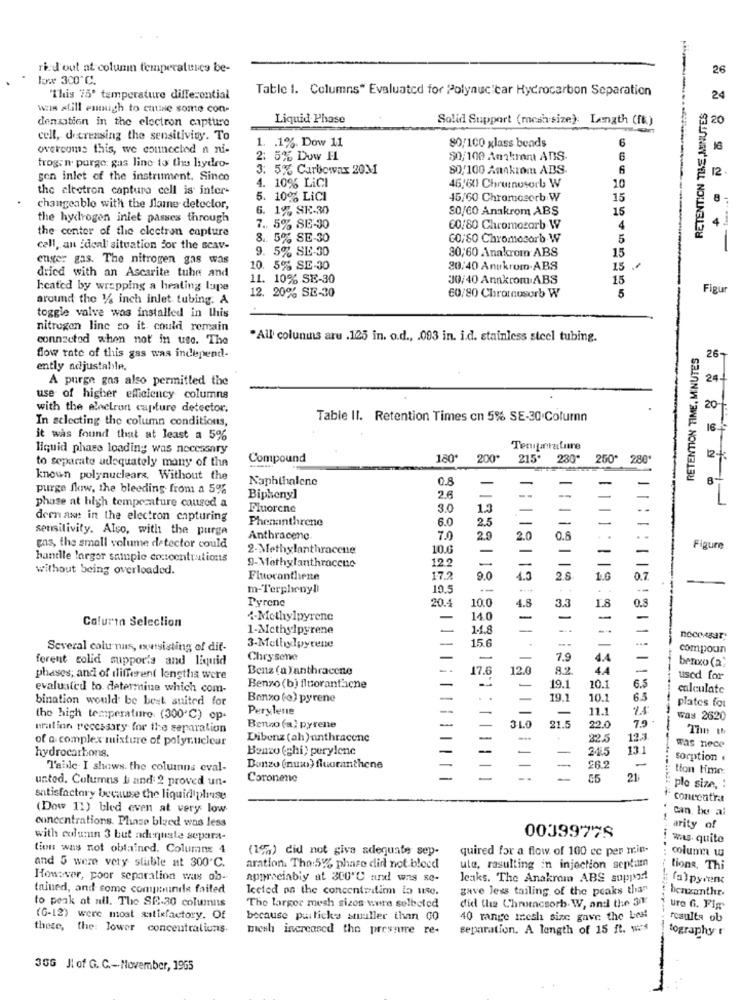
ri:d'out at column temperatures be-
26
low 300 ℃.
Table 1. Columns" Evaluated for Polynuc'car Hydrocarbon Separation
"This 75' temperature differential
24
was still enough to catise some con-
RETENTION TIME,MINUTES
densation in the electron capture
Liquid Phase
Solid Support (mesh size): Length (ft.)
20
cell, decreasing the sensitivity. To
1. . 1%. Dow 11
6
overcome this, we connected a ni-
80/100 glass beads
2: 5% Duw H
$0/100 Amakrom ABS.
trogen. purge: gas line to the hydro-
3. 5% Carbowax 20M
80/100 Aankrom ABS.
6
12
gen inlet of the instrument. Since
4. 10% LiCI
the electron capture cell is inter-
45,60 Chromosorb W
10
5. 10% LiCI
45/60 Chromosorb W
15
changeable with the flame detector,
6. 1% SE-30
SO/CO Anakrom ABS
15
the hydrogen inlet passes through
4
the center of the electron capture
7. 5% SE-30
60/80 Chromosarb W
4
8. 5% SE-30
CO/80 Chromosorb.W
5
call, an ideal situation for the scav-
9. 5% SI-30
30,60 Anakrom ABS
15
enster gas. The nitrogen gas was
10. 5% SE-30
20/40 Anykrom.ABS
15
dried with an Ascarite tube and
11. 10% SE-30
30/40 Anakrom ABS
15
heated by wrapping a heating lupe
12. 20% SE-30
5
Figur
around the 1/4 inch inlet tubing. A
60/80 Chromeusorb W
toggle valve was installed in this
nitrogen line co it could remain
connzetod when not in use. The
*All colunins are . 125 in. o.d ., . 093 in. i.d. stainless steel tubing.
RETENTION TIME, MINUTES
flow rate of this gas was independ-
26-
ently adjustable.
A purge gas also permitted the
24
use of higher efficiency columns
with the electron capture detector.
20
In selecting the column conditions,
Table II. Retention Times cn 5% SE-30 Column
16
it was found that at least a 5%
liquid phase loading was necessary
Teniarature
to separate adequately many of the
Compound
150
200*
215*
230"
250 280'
known polynuclears, Without the
Naphthalene
0.8
purge flow, the bleeding from a 5%
=
Biphenyl
2.6
-
phase at high temperature caurod a
Fluorene
3.0
1.3
dern axe in the electron capturing
Phenanthrene
6.0
25
-
sensitivity. Also, with the purge
gas, the small volume detector could
Anthracene.
7.0
2.0
2.0
0.8
...
2-Methylanthracene
10.0
-
-
Figure
hantlle larger sample concentrations
12
-
without being overloaded.
9-Methylanthracene
-
-
Fluoronthene
17.2
9.0
1.0
0.7
m-Terphenyl
10.5
....
Pyrene
20.4
10.0
4.8
1.8
0.8
3.3
Calura Selection
4-Methylpyrene
14.0
-
-
1-Methylpyrene
1-1.8
-
--
=
15.6
--
Several colunas, exwsisting of dit-
3-Methylpyrene
compoun
forent colid supports and liquid
Chrysene
-
-
7.9
4.4
benxo (a)
Benz (a )anthracene
17.6
12.0
8.2
4.4
phases; and of different lengths were
used for
evaluated to determine which com-
Benzo (b) fluorantiche
19.1
10.1
6.5
calculate
bination would be best suited for
Benzo (o) pyrene
19.1
10.1
6.5
Perylene
-
11.1
25
plates for
the high temperature. (300℃) op-
7,9
was 2620
matinn necessary for the separation
Benzo (a) pyrene
310
21.5
22.0
--
The th
of a complex mixture of polynuclear
Dibenz (oh) anthracene
-
22.5
12.3
hydrocarbons.
Benzo (ghi) perylene
13.
was nece
sorption .
Table. I shows. the columns eval-
Bonzo (nuw) fluoranthene
£6.2
-
tion time
unted. Columns b and 2 proved un-
Coronene
55
21
plo size, :
satisfactory because the liquid plise
concentra
(Dow 11) bled even at very low-
can be al
concentrations. Phase bleed was less
arity of
with column 3 but adequate separa-
0039977S
ws. quite
tion was not obtained. Columns 4
(19%) did not give adequate sep-
quired for a flow of 100 ec per min.
and 5 were very stable at 300'℃.
aration. The:5%, phase did not bloed
uta, resulting in injection septum
tions, Thi
However, poor separation was ob-
approciably at 300'℃ and was se-
leaks. The Anakrom ABS support
(a) pyrenc
tained, and some compoundle failed
Tected on the concentratimm to use.
gave less tailing of the peaks than
benzanthe.
to peak at all. The SE-30 columns
The larger mesh sizes were selbeled
did the Chromcsorb. W, and the 31
uro G. Fig
(6-12) were most autixfactory. Of
because purlicks sruller than GO
40 range mesh size gave the best
results ob
these, the: Jower concentratiuns.
mesh increased the pressure re-
separation. A length of 15 ft. was
tography r
--
35G Jl of G. C .- November, 1965